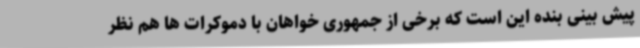
پیش بینی بنده این است که برخی از جمهوری خواهان با دموکرات ها هم نظر